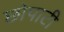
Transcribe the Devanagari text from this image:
छोपाटी